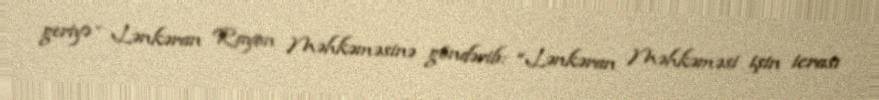
geriyə - Lənkəran Rayon Məhkəməsinə göndərib: “Lənkəran Məhkəməsi işin icrası